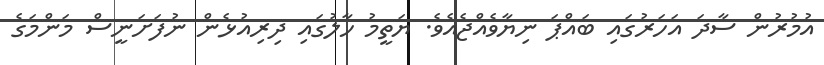
އުމުރުން ސާދަ އަހަރުގައި ބައްޕަ ނިޔާވެއްޖެއެވެ. ޔަތީމު ހާލުގައި ދިރިއުޅެން ނުފަށަނީސް މަންމަގެ